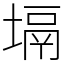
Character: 塥